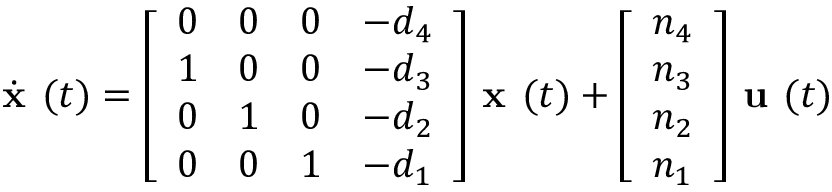
{ \dot { \textbf { x } } } ( t ) = { \left[ \begin{array} { l l l l } { 0 } & { 0 } & { 0 } & { - d _ { 4 } } \\ { 1 } & { 0 } & { 0 } & { - d _ { 3 } } \\ { 0 } & { 1 } & { 0 } & { - d _ { 2 } } \\ { 0 } & { 0 } & { 1 } & { - d _ { 1 } } \end{array} \right] } { \textbf { x } } ( t ) + { \left[ \begin{array} { l } { n _ { 4 } } \\ { n _ { 3 } } \\ { n _ { 2 } } \\ { n _ { 1 } } \end{array} \right] } { \textbf { u } } ( t )